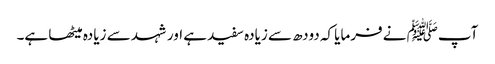
آپﷺ نے فرمایا کہ دودھ سے زیادہ سفید ہے اور شہد سے زیادہ میٹھا ہے۔